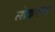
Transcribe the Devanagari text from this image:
लोकरन्ग